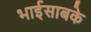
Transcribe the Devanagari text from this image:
भाईसाबके